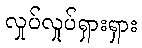
လှုပ်လှုပ်ရှားရှား